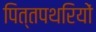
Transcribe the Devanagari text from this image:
पित्तपथरियों